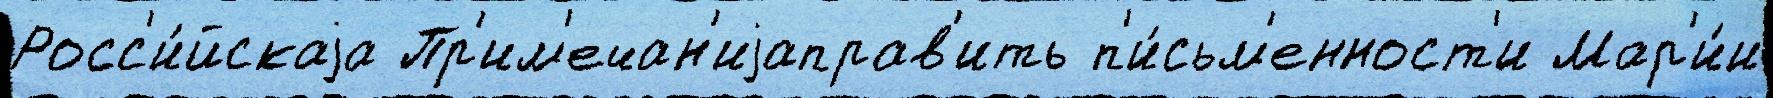
Росс'и́йскаjа Пр'им'ечан'иjаправ'ить п'и́сьм'енност'и Мар'и́и